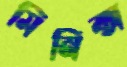
মিনিক্স